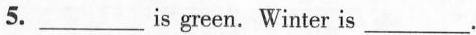
5.___is green. Winter is ___.